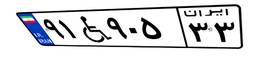
۹۱W۹۰۵۳۳